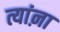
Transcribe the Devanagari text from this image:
त्यांऩा